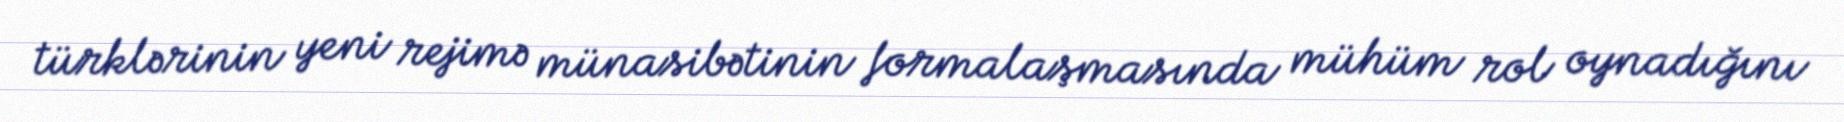
türklərinin yeni rejimə münasibətinin formalaşmasında mühüm rol oynadığını